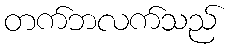
တက်ဘလက်သည်